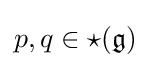
p,q\in \star ({\mathfrak {g}})